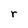
Character: r